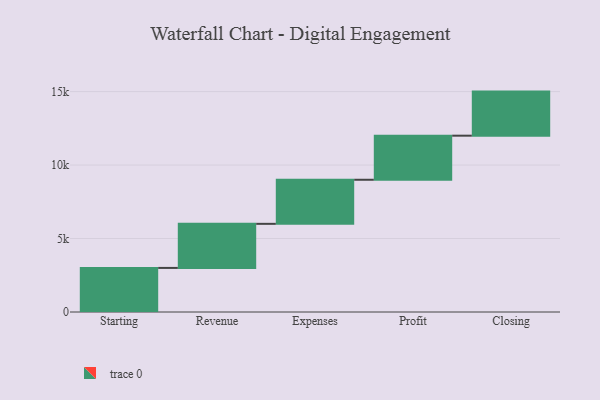
{"axis": {"x": "Step", "y": "Value"}, "legend": [""], "data": [{"x": "Starting", "y": 3000, "type": ""}, {"x": "Revenue", "y": 3000, "type": ""}, {"x": "Expenses", "y": 3000, "type": ""}, {"x": "Profit", "y": 3000, "type": ""}, {"x": "Closing", "y": 3000, "type": ""}]}